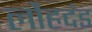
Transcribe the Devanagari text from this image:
लौहदंड